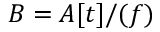
B = A [ t ] / ( f )